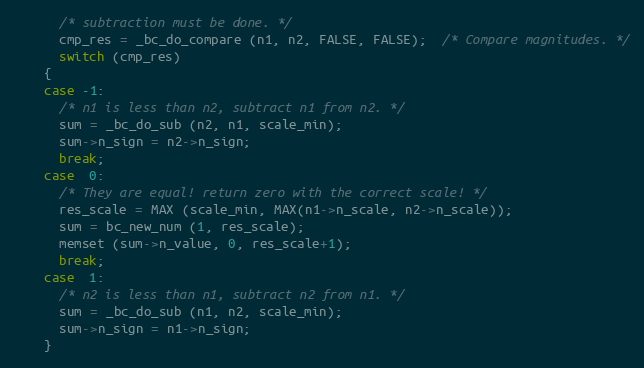
Language: C++
      /* subtraction must be done. */
      cmp_res = _bc_do_compare (n1, n2, FALSE, FALSE);  /* Compare magnitudes. */
      switch (cmp_res)
	{
	case -1:
	  /* n1 is less than n2, subtract n1 from n2. */
	  sum = _bc_do_sub (n2, n1, scale_min);
	  sum->n_sign = n2->n_sign;
	  break;
	case  0:
	  /* They are equal! return zero with the correct scale! */
	  res_scale = MAX (scale_min, MAX(n1->n_scale, n2->n_scale));
	  sum = bc_new_num (1, res_scale);
	  memset (sum->n_value, 0, res_scale+1);
	  break;
	case  1:
	  /* n2 is less than n1, subtract n2 from n1. */
	  sum = _bc_do_sub (n1, n2, scale_min);
	  sum->n_sign = n1->n_sign;
	}